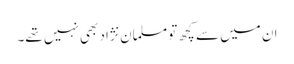
ان میں سے کچھ تو مسلمان نژاد بھی نہیں تھے۔